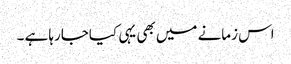
اس زمانے میں بھی یہی کیاجارہا ہے ۔